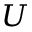
U